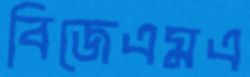
বিজেএমএ